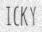
ICKY